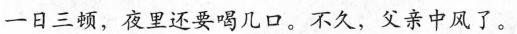
一日三顿，夜里还要喝几口。不久，父亲中风了。